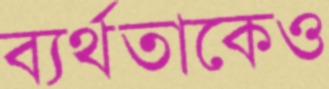
ব্যর্থতাকেও